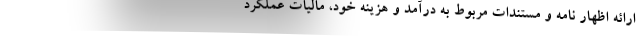
ارائه اظهار نامه و مستندات مربوط به درآمد و هزینه خود، مالیات عملکرد